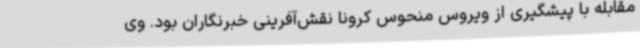
مقابله با پیشگیری از ویروس منحوس کرونا نقش‌آفرینی خبرنگاران بود. وی